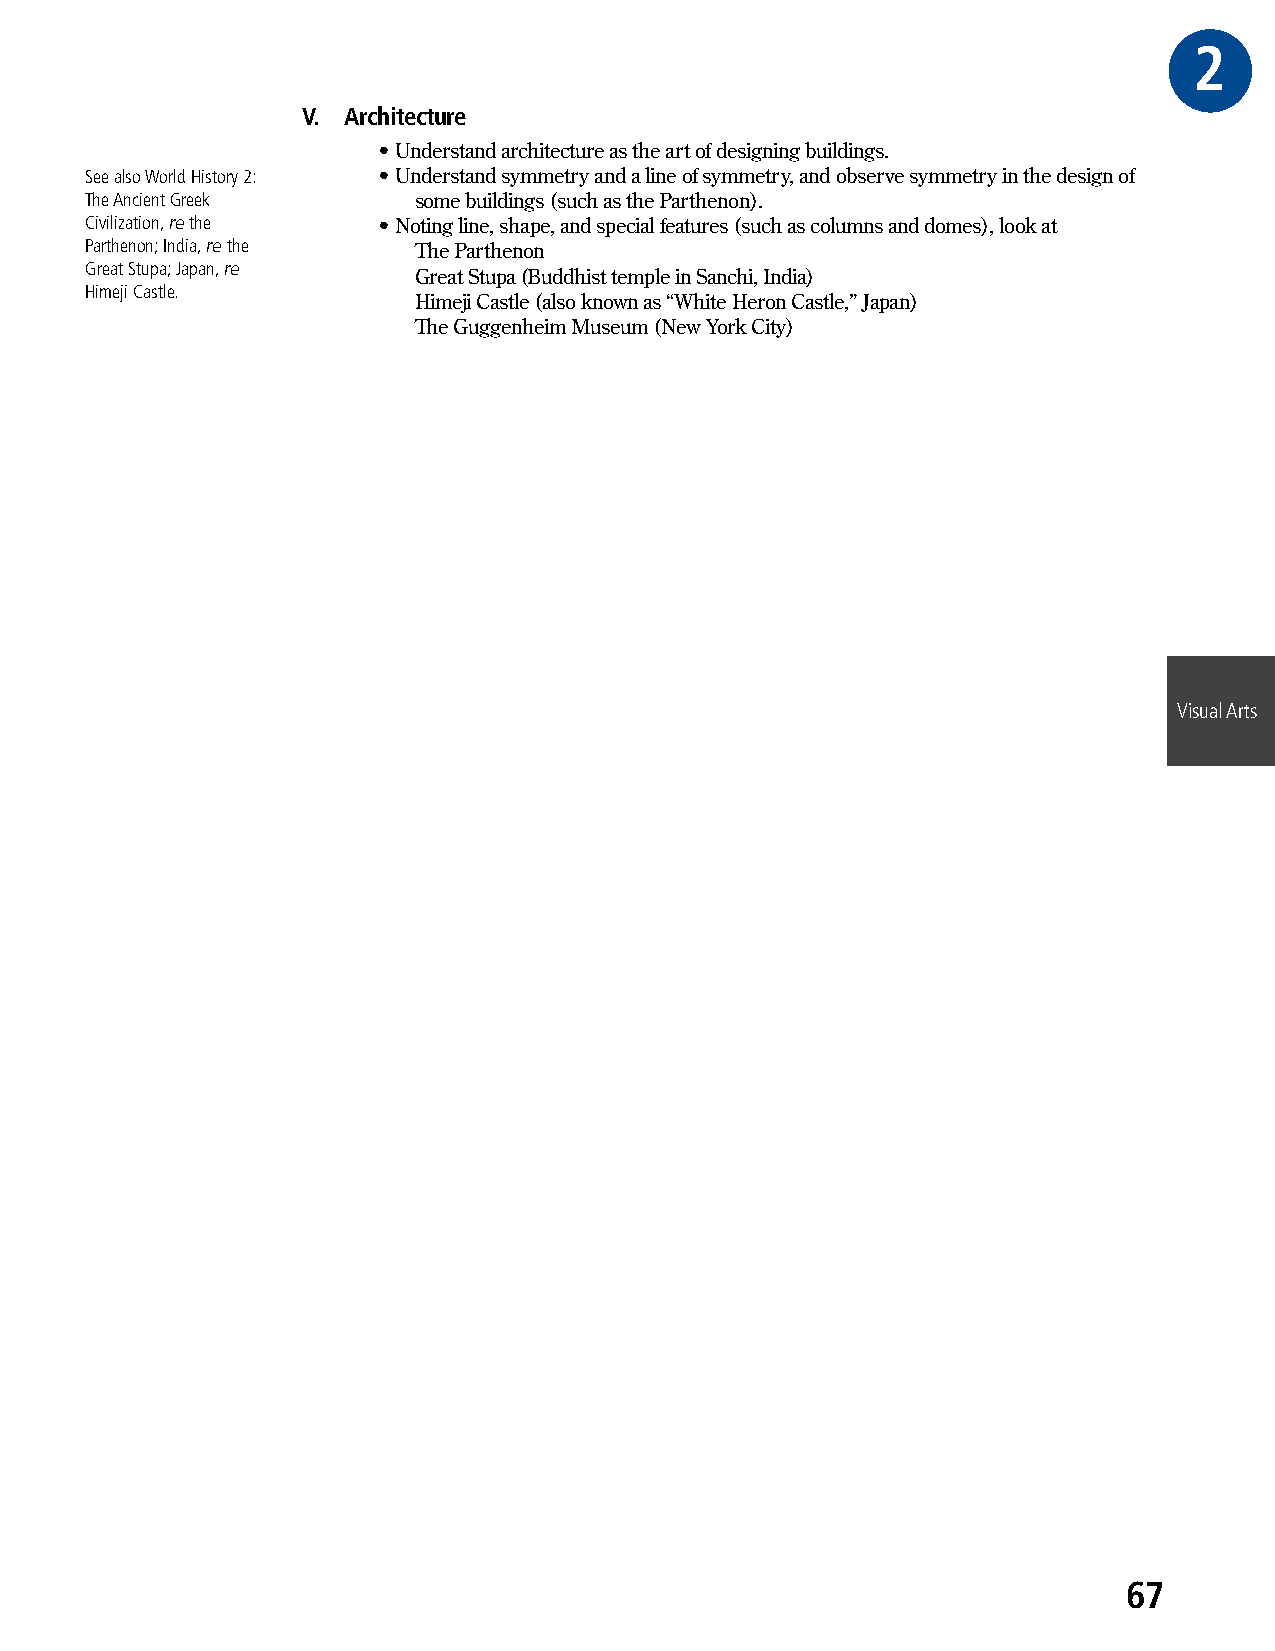
2GR
 V. Architecture
 • Understand architecture as the art of designing buildings.
 See also World History 2: • Understand symmetry and a line of symmetry, and observe symmetry in the design of
 The Ancient Greek    some buildings (such as the Parthenon).
 Civilization, re the • Noting line, shape, and special features (such as columns and domes), look at
 Parthenon; India, re the The Parthenon
 Great Stupa; Japan, re
 Great Stupa (Buddhist temple in Sanchi, India)
 Himeji Castle.
 Himeji Castle (also known as “White Heron Castle,” Japan)
 The Guggenheim Museum (New York City)
 Visual Arts
 67